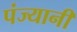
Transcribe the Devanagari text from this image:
पंज्यानी